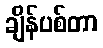
ချိန်ပစ်တာ